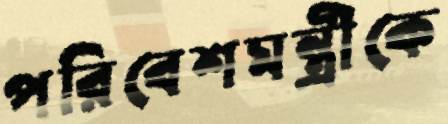
পরিবেশমন্ত্রীকে